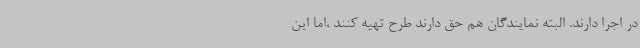
در اجرا دارند. البته نمایندگان هم حق دارند طرح تهیه کنند ،اما این